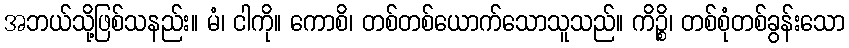
အဘယ်သို့ဖြစ်သနည်း။ မံ၊ ငါကို။ ကောစိ၊ တစ်တစ်ယောက်သောသူသည်။ ကိဉ္စိ၊ တစ်စုံတစ်ခွန်းသော